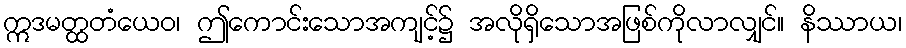
ဣဒမတ္ထတံယေဝ၊ ဤကောင်းသောအကျင့်၌ အလိုရှိသောအဖြစ်ကိုလာလျှင်။ နိဿာယ၊